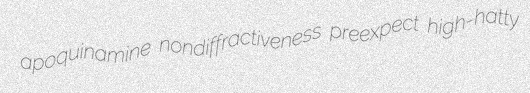
apoquinamine nondiffractiveness preexpect high-hatty